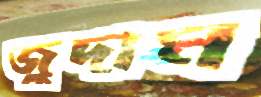
জুদাম